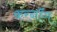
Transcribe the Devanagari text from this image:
करनॉग